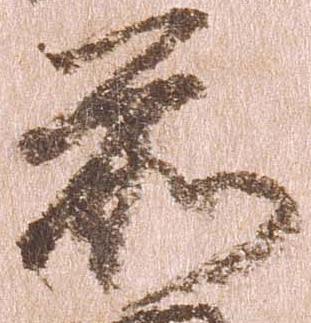
前